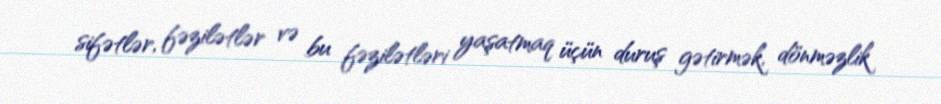
sifətlər, fəzilətlər və bu fəzilətləri yaşatmaq üçün duruş gətirmək, dönməzlik